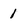
Character: 1